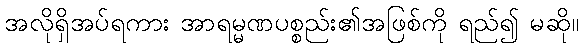
အလိုရှိအပ်ရကား အာရမ္မဏပစ္စည်း၏အဖြစ်ကို ရည်၍ မဆို။